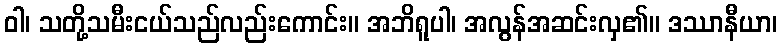
ဝါ၊ သတို့သမီးငယ်သည်လည်းကောင်း။ အဘိရူပါ၊ အလွန်အဆင်းလှ၏။ ဒဿာနီယာ၊